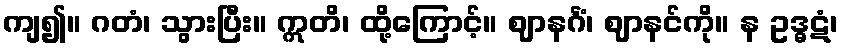
ကျ၍။ ဂတံ၊ သွားပြီး။ ဣတိ၊ ထို့ကြောင့်။ ဈာနင်္ဂံ၊ ဈာနင်ကို။ န ဥဒ္ဓဋံ၊